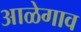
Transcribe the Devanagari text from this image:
आळेगाव